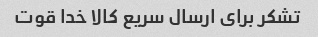
تشکر برای ارسال سریع کالا خدا قوت